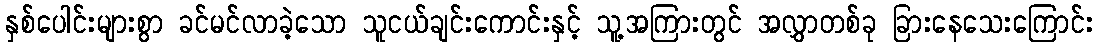
နှစ်ပေါင်းများစွာ ခင်မင်လာခဲ့သော သူငယ်ချင်းကောင်းနှင့် သူ့အကြားတွင် အလွှာတစ်ခု ခြားနေသေးကြောင်း